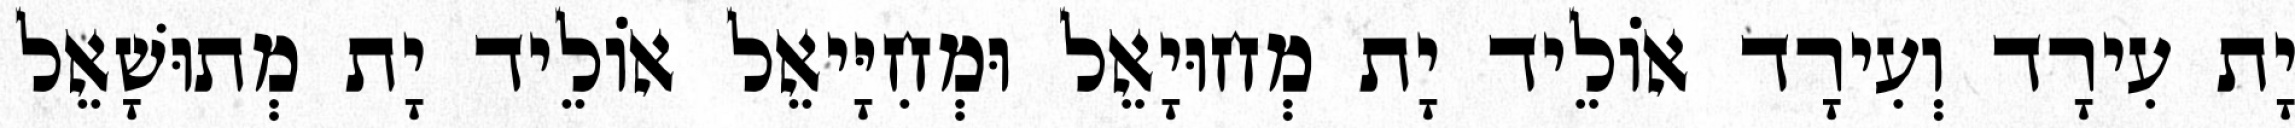
יָת עִירָד וְעִירָד אוֹלֵיד יָת מְחוּיָאֵל וּמְחִיָּיאֵל אוֹלֵיד יָת מְתוּשָׁאֵל